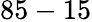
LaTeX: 85-15